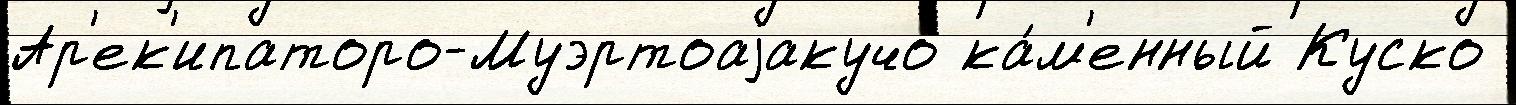
Ар'ек'ипаторо-Муэртоаjакучо ка́м'енный Куско